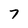
Character: 7